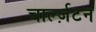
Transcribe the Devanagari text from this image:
चार्ल्ज़टन